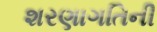
શરણાગતિની